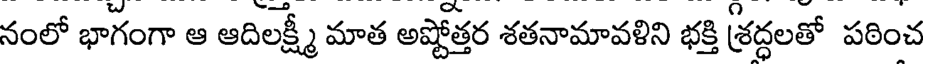
నంలో భాగంగా ఆ ఆదిలక్ష్మీ మాత అష్టోత్తర శతనామావళిని భక్తి శ్రద్ధలతో పఠించ